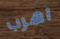
اهرب